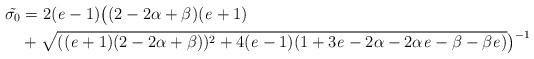
LaTeX: \begin{align*}\tilde{\sigma_{0}} &=2(\mathit{e}-1)\big((2-2\alpha+\beta)(\mathit{e}+1)\\&+\sqrt{((\mathit{e}+1)(2-2\alpha+\beta))^2+4(\mathit{e}-1)(1+3\mathit{e}-2\alpha-2\alpha\mathit{e}-\beta-\beta\mathit{e})}\big)^{-1}\end{align*}